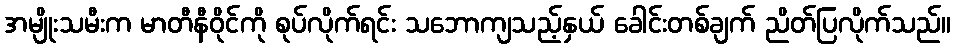
အမျိုးသမီးက မာတီနီဝိုင်ကို စုပ်လိုက်ရင်း သဘောကျသည့်နှယ် ခေါင်းတစ်ချက် ညိတ်ပြလိုက်သည်။